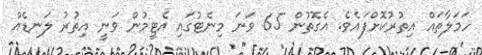
ހަމަލާތައް އިތުރުކޮށްފައެވެ. އެގޮތުން 65 ވަނަ މިނެޓުގައި އެޓީމުން ވަނީ އިތުރު ލަނޑެއް